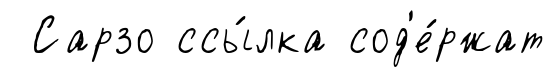
Сарзо ссы́лка сод'е́ржат